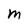
Character: m